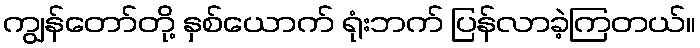
ကျွန်တော်တို့ နှစ်ယောက် ရုံးဘက် ပြန်လာခဲ့ကြတယ်။